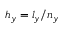
h _ { y } = l _ { y } / n _ { y }